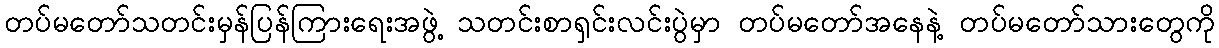
တပ်မတော်သတင်းမှန်ပြန်ကြားရေးအဖွဲ့ သတင်းစာရှင်းလင်းပွဲမှာ တပ်မတော်အနေနဲ့ တပ်မတော်သားတွေကို